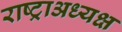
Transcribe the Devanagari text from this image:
राष्ट्राअध्यक्ष